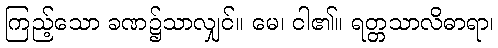
ကြည့်သော ခဏ၌သာလျှင်။ မေ၊ ငါ၏။ ရတ္တသာလိဓာရာ၊